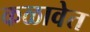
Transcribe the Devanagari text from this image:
कळावेत